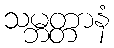
သမ္ဘတ္တာနံ